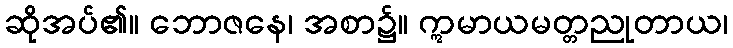
ဆိုအပ်၏။ ဘောဇနေ၊ အစာ၌။ ဣမာယမတ္တညုတာယ၊